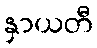
နှာယတီ